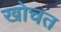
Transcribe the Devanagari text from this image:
खोचत